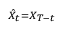
\scriptstyle \hat { X } _ { t } = X _ { T - t }